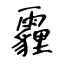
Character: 霾